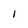
Character: I